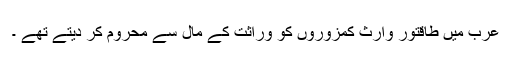
عرب میں طاقتور وارث کمزوروں کو وراثت کے مال سے محروم کر دیتے تھے ۔